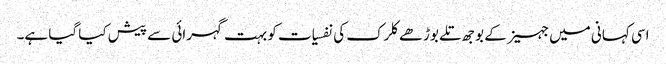
اسی کہانی میں جہیز کے بوجھ تلے بوڑھے کلرک کی نفسیات کو بہت گہرائی سے پیش کیا گیا ہے۔